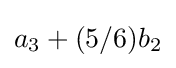
a_{3}+(5/6)b_{2}